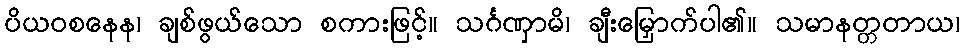
ပိယဝစနေန၊ ချစ်ဖွယ်သော စကားဖြင့်။ သင်္ဂဏှာမိ၊ ချီးမြှောက်ပါ၏။ သမာနတ္တတာယ၊